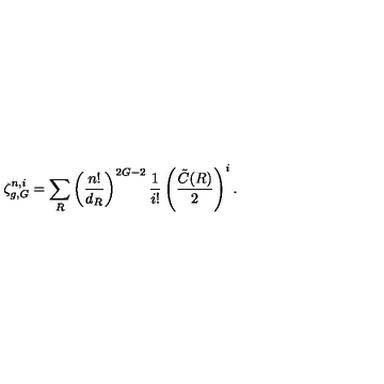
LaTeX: \zeta _ { g , G } ^ { n , i } = \sum _ { R } \left( \frac { n ! } { d _ { R } } \right) ^ { 2 G - 2 } { \frac { 1 } { i ! } } \left( \frac { \tilde { C } ( R ) } { 2 } \right) ^ { i } .